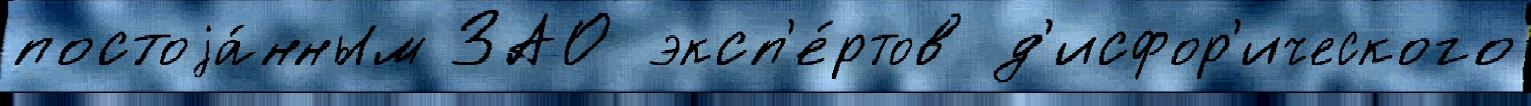
постоjа́нным ЗАО эксп'е́ртов д'исфор'ического